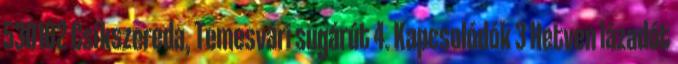
530102 Csíkszereda, Temesvári sugárút 4. Kapcsolódók 3 Hetven lázadót